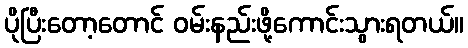
ပိုပြီးတော့တောင် ဝမ်းနည်းဖို့ကောင်းသွားရတယ်။